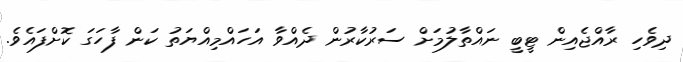
ދިވެހި ރާއްޖެއިން ޓީބީ ނައްތާލުމަށް ސަރުކާރުން ދެއްވާ އަހައްމިއްޔަތު ކަން ފާހަގަ ކޮށްފައެވެ.